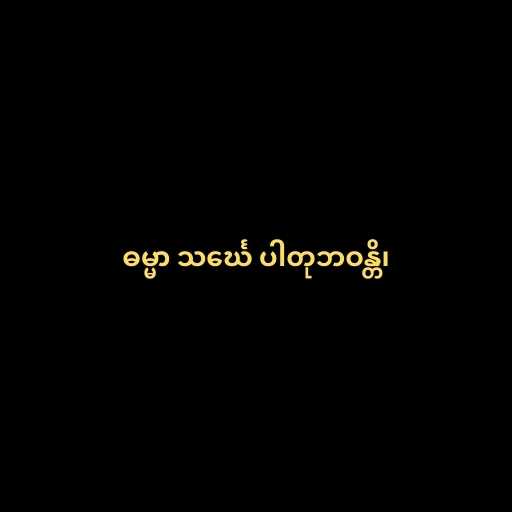
ဓမ္မာ သင်္ဃေ ပါတုဘဝန္တိ၊